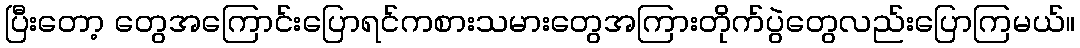
ပြီးတော့ တွေအကြောင်းပြောရင်ကစားသမားတွေအကြားတိုက်ပွဲတွေလည်းပြောကြမယ်။